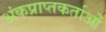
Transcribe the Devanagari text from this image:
अंकप्राप्तकर्ताओं